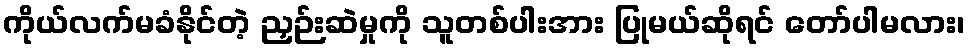
ကိုယ်လက်မခံနိုင်တဲ့ ညှဉ်းဆဲမှုကို သူတစ်ပါးအား ပြုမယ်ဆိုရင် တော်ပါမလား၊